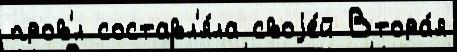
пров'́л составл'я́ла своjе́й Втора́я